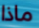
ماذا